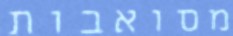
מסואבות